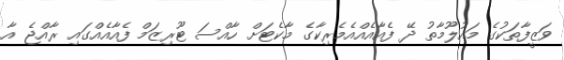
ވަޒީފާތަކުގެ މައުލޫމާތު ދޭ ފެއާއެއްއެމެރިކާގެ މާކެޓަށް ހާއްސަ ޓޫރިޒަމް ފެއާއެއްގައި ރާއްޖެ އާ